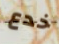
خدع